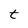
Character: t